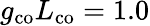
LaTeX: g_{\mathrm{co}}L_{\mathrm{co}}=1.0